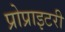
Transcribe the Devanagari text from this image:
प्रोप्राइटरी